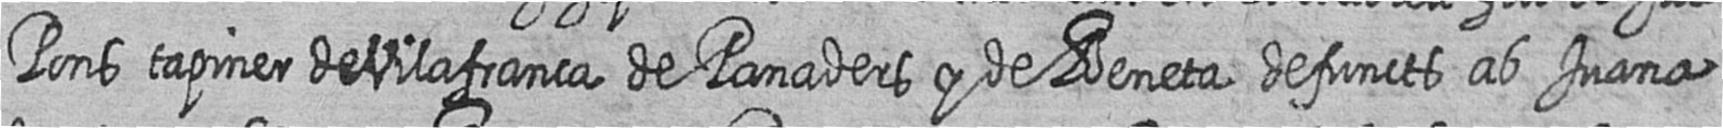
Pons tapiner de Vilafranca de Panaders y de Beneta defuncts ab Juana